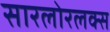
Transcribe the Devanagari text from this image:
सारलोरलक्स